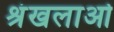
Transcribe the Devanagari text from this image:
श्रंखलाओ